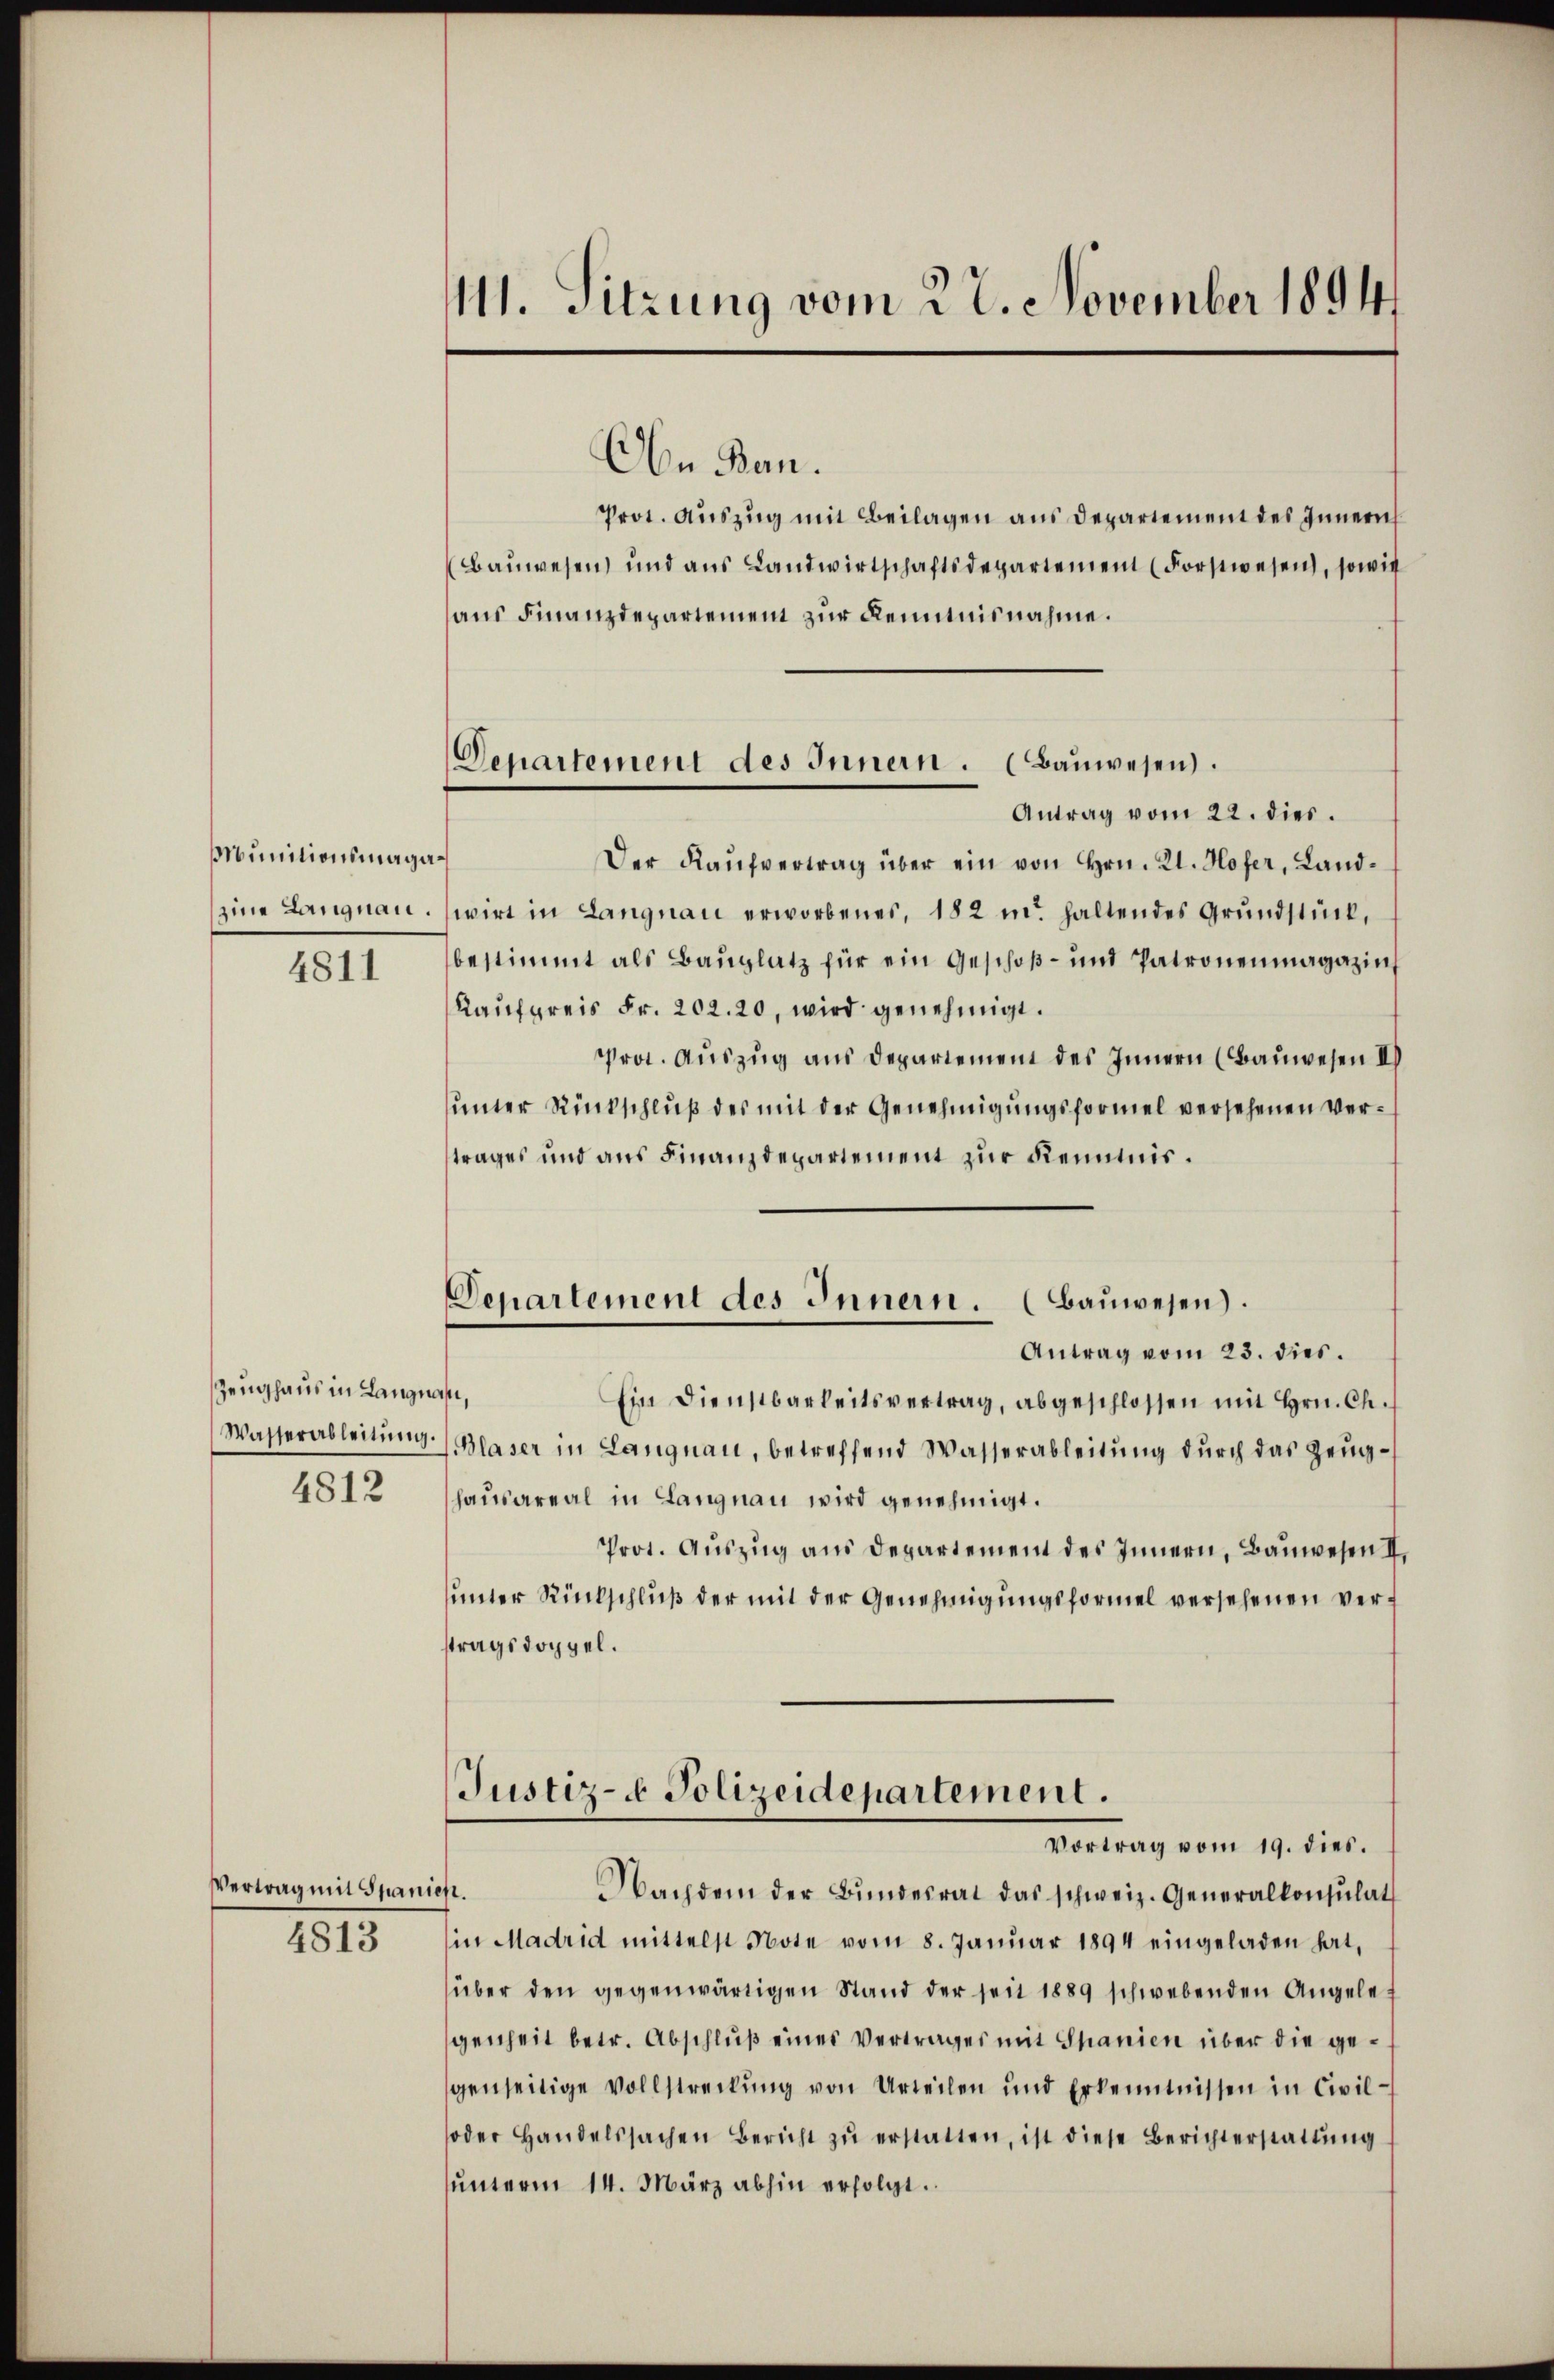
Munitionsmaga¬

4811

Zeughaus in Langnau,
4812

Vertrag mit Spanieh.

4813

111. Sitzung vom 22. November 1894

Departement des Innern. (Bauwesen.
Antrag vom 22. dies.

Departement des Innern. (Baŭwesen).

An Ban.
Prot. Auszug mit Beilagen aus Departement des Innern
Baŭwesen und aŭs Landwirtschaftsdepartement (Forstwesen, sowie
aus Finanzdepartement zur Kenntnisnahme.
Der Kaŭfvertrag über ein von Hrn. Kl. Hofer, Landzine Langnau. wirt in Langnau erworbenes, 182 u. haltendes Grundstück,
bestimmt als Bauplatz für ein Geschoß- und Patronenmagazin
Kaŭfpreis Fr. 202. 20, wird genehmigt.
Prot. Auszug aus Departement des Innern (Bauwesen II
unter Rückschluß des mit der Genehmigungsformel versehenen Vertrages und aus Finanzdepartement zur Kenntnis¬
Antrag vom 23. dies.
Ein Dienstbarkeitsvertrag, abgeschlossen mit Hrn. Ch.
Wasserableitŭng Blaser in Langnau, betreffend Wasserableitŭng dŭrch das Zeighausareal in Langnau wird genehmigt.
Prot. Auszug aus Departement des Innern, Bauwesen II.
unter Rückschluß der mit der Genehmigungsformel versehenen verstragsdoppel.
Justiz- & Polizeidepartement.
Vortrag vom 19. dies.
Nachdem der Bŭndesrat das schweiz. Generalkonsulat
in Madrid mittelst Note vom 8. Januar 1894 eingeladen hat,
über den gegenwärtigen Stand der seit 1889 schwebenden Angeles
genheit betr. Abschluß eines Vertrages mit Spanien über die gegenseitige Vollstreckung von Urteilen und Erkenntnissen in Civilsoder Handelssachen Bericht zŭ erstatten, ist diese Berichterstattŭng
unterm 14. März abhin erfolgt.